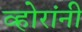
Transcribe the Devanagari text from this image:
व्होरांनी